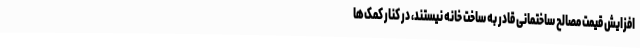
افزایش قیمت مصالح ساختمانی قادر به ساخت خانه نیستند، در کنار کمک‌ها